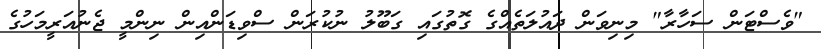
"ވެސްޓަން ސަހާރާ" މިނިވަން ދައުލަތެއްގެ ގޮތުގައި ގަބޫލު ނުކުރަން ސްވިޑަންއިން ނިންމީ ޖެނުއަރީމަހުގެ